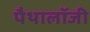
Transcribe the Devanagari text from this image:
पैथालॉजी